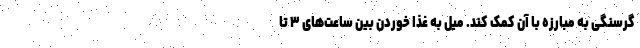
گرسنگی به مبارزه با آن کمک کند. میل به غذا خوردن بین ساعت‌های ۳ تا